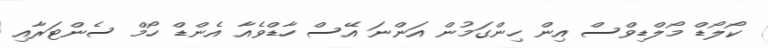
ކޯލޯޑް މޯލްޑިވްސް އިން ހިންގަމުން އަންނަ އޭސް ހާޑްވެއާ އެންޑް ހޯމް ސެންޓަރާއި